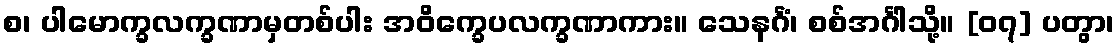
စ၊ ပါမောက္ခလက္ခဏာမှတစ်ပါး အဝိက္ခေပလက္ခဏာကား။ သေနင်္ဂံ၊ စစ်အင်္ဂါသို့။ [၀၇] ပတွာ၊